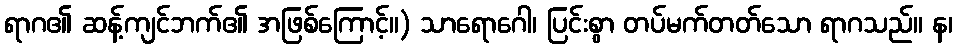
ရာဂ၏ ဆန့်ကျင်ဘက်၏ အဖြစ်ကြောင့်။) သာရောဂေါ၊ ပြင်းစွာ တပ်မက်တတ်သော ရာဂသည်။ န၊